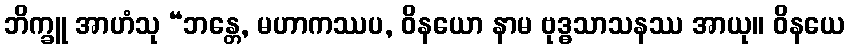
ဘိက္ခူ အာဟံသု “ဘန္တေ, မဟာကဿပ, ဝိနယော နာမ ဗုဒ္ဓသာသနဿ အာယု။ ဝိနယေ